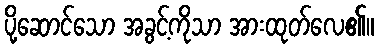
ပို့ဆောင်သော အခွင့်ကိုသာ အားထုတ်လေ၏။